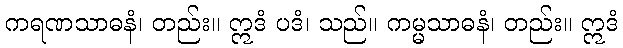
ကရဏသာဓနံ၊ တည်း။ ဣဒံ ပဒံ၊ သည်။ ကမ္မသာဓနံ၊ တည်း။ ဣဒံ